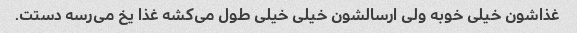
غذاشون خیلی خوبه ولی ارسالشون خیلی خیلی طول می‌کشه غذا یخ می‌رسه دستت.